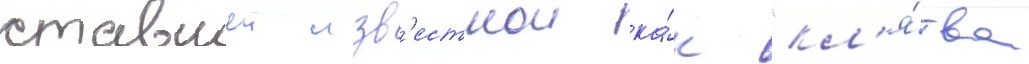
ставшеи изв'естнои ка́к "кл'я́тва